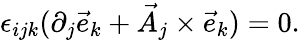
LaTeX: \epsilon_{ijk}(\partial_{j}{\vec{e}}_{k}+{\vec{A}}_{j}\times{\vec{e}}_{k})=0.